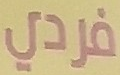
فردي